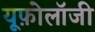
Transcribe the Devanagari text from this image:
यूफ़ोलॉजी